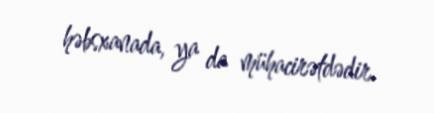
həbsxanada, ya da mühacirətdədir.